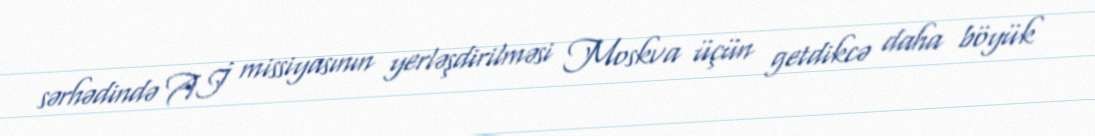
sərhədində Aİ missiyasının yerləşdirilməsi Moskva üçün getdikcə daha böyük